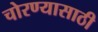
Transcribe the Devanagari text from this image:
चोरण्यासाठी